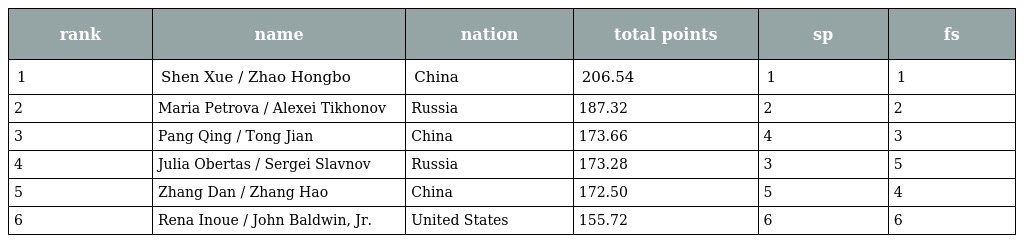
| rank | name | nation | total points | sp | fs |
 | --- | --- | --- | --- | --- | --- |
 | 1 | Shen Xue / Zhao Hongbo | China | 206.54 | 1 | 1 |
 | 2 | Maria Petrova / Alexei Tikhonov | Russia | 187.32 | 2 | 2 |
 | 3 | Pang Qing / Tong Jian | China | 173.66 | 4 | 3 |
 | 4 | Julia Obertas / Sergei Slavnov | Russia | 173.28 | 3 | 5 |
 | 5 | Zhang Dan / Zhang Hao | China | 172.50 | 5 | 4 |
 | 6 | Rena Inoue / John Baldwin, Jr. | United States | 155.72 | 6 | 6 |